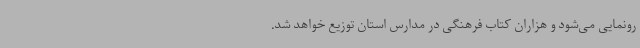
رونمایی می‌شود و هزاران کتاب فرهنگی در مدارس استان توزیع خواهد شد.